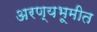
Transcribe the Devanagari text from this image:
अरण्यभूमीत